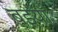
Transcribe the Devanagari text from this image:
बइयाँ